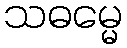
သဓမ္မေ